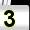
Digit: 3